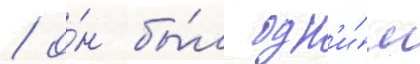
/ о́н бы́л одн'и́м